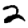
Digit: 2